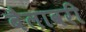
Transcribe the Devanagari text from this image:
बैलावरी